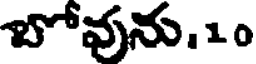
బోవును,10